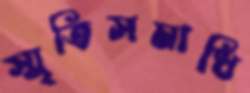
স্মৃতিসমাধি